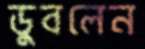
ডুবলেন